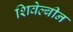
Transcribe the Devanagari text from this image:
शिवेल्बीन